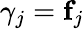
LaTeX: \gamma_{j}=\mathbf{f}_{j}